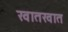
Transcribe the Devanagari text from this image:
खातखात